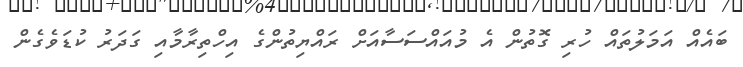
ބައެއް އަމަލުތައް ހުރި ގޮތުން އެ މުއައްސަސާއަށް ރައްޔިތުންގެ އިހްތިރާމާއި ގަދަރު ކުޑަވެގެން